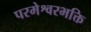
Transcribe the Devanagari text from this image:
परमेश्वरभक्ति